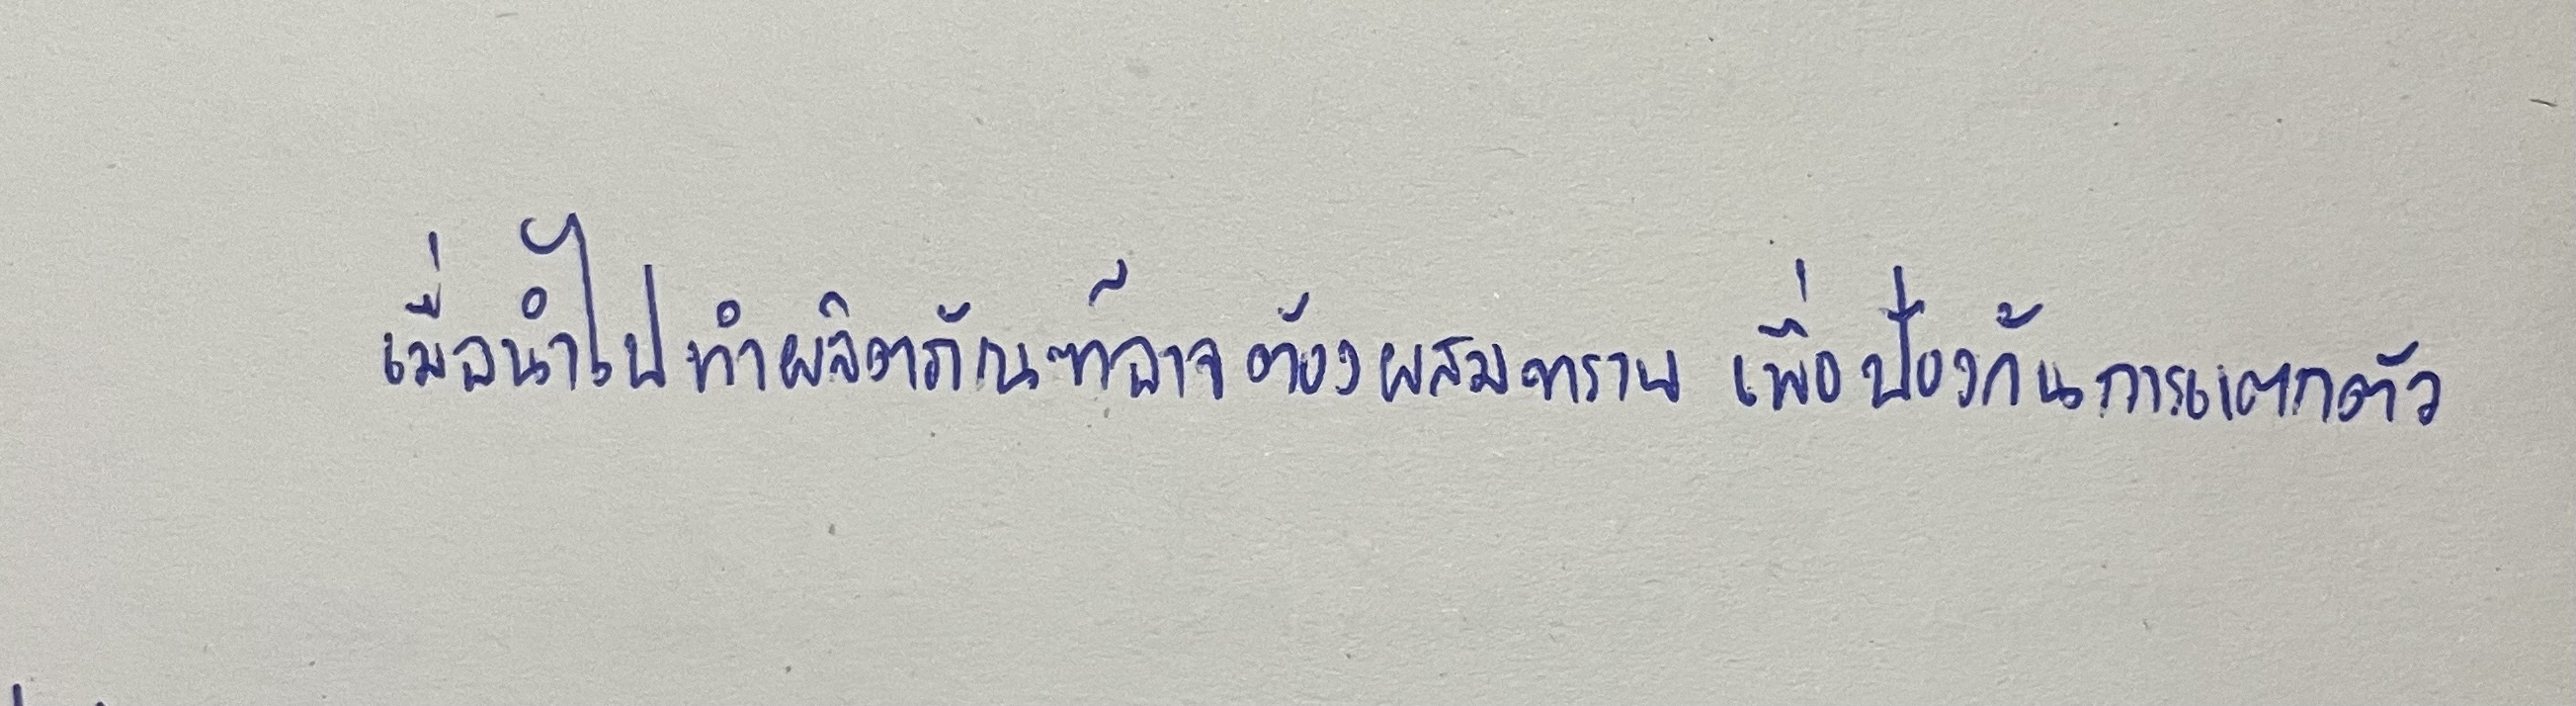
เมื่อนำไปทำผลิตภัณฑ์อาจต้องผสมทรายเพื่อป้องกันการแตกตัว